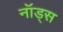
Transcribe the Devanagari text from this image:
नॉड्स